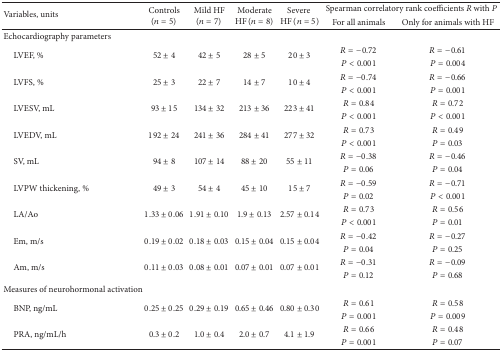
<table><thead><tr><td rowspan="2"><b>Variables, units</b></td><td rowspan="2"><b>Controls (<i>n</i> = 5)</b></td><td rowspan="2"><b>Mild HF (<i>n</i> = 7)</b></td><td rowspan="2"><b>Moderate HF (<i>n</i> = 8)</b></td><td rowspan="2"><b>Severe HF (<i>n</i> = 5)</b></td><td colspan="2"><b>Spearman correlatory rank coefficients <i>R</i> with <i>P </i></b></td></tr><tr><td><b>For all animals</b></td><td><b>Only for animals with HF</b></td></tr></thead><tbody><tr><td>Echocardiography parameters</td><td> </td><td> </td><td> </td><td> </td><td> </td><td> </td></tr><tr><td rowspan="2"> LVEF, %</td><td rowspan="2">52 ± 4</td><td rowspan="2">42 ± 5</td><td rowspan="2">28 ± 5</td><td rowspan="2">20 ± 3</td><td><i>R</i> = −0.72</td><td><i>R</i> = −0.61</td></tr><tr><td><i>P</i> &lt; 0.001</td><td><i>P</i> = 0.004</td></tr><tr><td rowspan="2"> LVFS, %</td><td rowspan="2">25 ± 3</td><td rowspan="2">22 ± 7</td><td rowspan="2">14 ± 7</td><td rowspan="2">10 ± 4</td><td><i>R</i> = −0.74</td><td><i>R</i> = −0.66</td></tr><tr><td><i>P</i> &lt; 0.001</td><td><i>P</i> = 0.001</td></tr><tr><td rowspan="2"> LVESV, mL</td><td rowspan="2">93 ± 15</td><td rowspan="2">134 ± 32</td><td rowspan="2">213 ± 36</td><td rowspan="2">223 ± 41</td><td><i>R</i> = 0.84</td><td><i>R</i> = 0.72</td></tr><tr><td><i>P</i> &lt; 0.001</td><td><i>P</i> &lt; 0.001</td></tr><tr><td rowspan="2"> LVEDV, mL</td><td rowspan="2">192 ± 24</td><td rowspan="2">241 ± 36</td><td rowspan="2">284 ± 41</td><td rowspan="2">277 ± 32</td><td><i>R</i> = 0.73</td><td><i>R</i> = 0.49</td></tr><tr><td><i>P</i> &lt; 0.001</td><td><i>P</i> = 0.03</td></tr><tr><td rowspan="2"> SV, mL</td><td rowspan="2">94 ± 8</td><td rowspan="2">107 ± 14</td><td rowspan="2">88 ± 20</td><td rowspan="2">55 ± 11</td><td><i>R</i> = −0.38</td><td><i>R</i> = −0.46</td></tr><tr><td><i>P</i> = 0.06</td><td><i>P</i> = 0.04</td></tr><tr><td rowspan="2"> LVPW thickening, %</td><td rowspan="2">49 ± 3</td><td rowspan="2">54 ± 4</td><td rowspan="2">45 ± 10</td><td rowspan="2">15 ± 7</td><td><i>R</i> = −0.59</td><td><i>R</i> = −0.71</td></tr><tr><td><i>P</i> = 0.02</td><td><i>P</i> &lt; 0.001</td></tr><tr><td rowspan="2"> LA/Ao</td><td rowspan="2">1.33 ± 0.06</td><td rowspan="2">1.91 ± 0.10</td><td rowspan="2">1.9 ± 0.13</td><td rowspan="2">2.57 ± 0.14</td><td><i>R</i> = 0.73</td><td><i>R</i> = 0.56</td></tr><tr><td><i>P</i> &lt; 0.001</td><td><i>P</i> = 0.01</td></tr><tr><td rowspan="2"> Em, m/s</td><td rowspan="2">0.19 ± 0.02</td><td rowspan="2">0.18 ± 0.03</td><td rowspan="2">0.15 ± 0.04</td><td rowspan="2">0.15 ± 0.04</td><td><i>R</i> = −0.42</td><td><i>R</i> = −0.27</td></tr><tr><td><i>P</i> = 0.04</td><td><i>P</i> = 0.25</td></tr><tr><td rowspan="2"> Am, m/s</td><td rowspan="2">0.11 ± 0.03</td><td rowspan="2">0.08 ± 0.01</td><td rowspan="2">0.07 ± 0.01</td><td rowspan="2">0.07 ± 0.01</td><td><i>R</i> = −0.31</td><td><i>R</i> = −0.09</td></tr><tr><td><i>P</i> = 0.12</td><td><i>P</i> = 0.68</td></tr><tr><td>Measures of neurohormonal activation</td><td> </td><td> </td><td> </td><td> </td><td> </td><td> </td></tr><tr><td rowspan="2"> BNP, ng/mL</td><td rowspan="2">0.25 ± 0.25</td><td rowspan="2">0.29 ± 0.19</td><td rowspan="2">0.65 ± 0.46</td><td rowspan="2">0.80 ± 0.30</td><td><i>R</i> = 0.61</td><td><i>R</i> = 0.58</td></tr><tr><td><i>P</i> = 0.001</td><td><i>P</i> = 0.009</td></tr><tr><td rowspan="2"> PRA, ng/mL/h</td><td rowspan="2">0.3 ± 0.2</td><td rowspan="2">1.0 ± 0.4</td><td rowspan="2">2.0 ± 0.7</td><td rowspan="2">4.1 ± 1.9</td><td><i>R</i> = 0.66</td><td><i>R</i> = 0.48</td></tr><tr><td><i>P</i> = 0.001</td><td><i>P</i> = 0.07</td></tr></tbody></table>